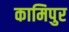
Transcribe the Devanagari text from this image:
कामिपुर